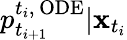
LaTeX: p_{t_{i+1}}^{{t_{i}},\, \mathrm{ODE}}|\mathbf{x}_{t_{i}}